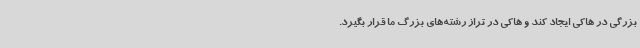
بزرگی در هاکی ایجاد کند و هاکی در تراز رشته‌های بزرگ ما قرار بگیرد.